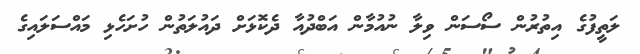
ލަތީފުގެ އިތުރުން ސޯސަން ވިލާ ނުއުމާން އަބްދުއާ ދެކޮޅަށް ދައުލަތުން ހުށަހެޅި މައްސަލައިގެ